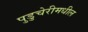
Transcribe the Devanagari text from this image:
पुडुचेरीमधील